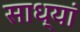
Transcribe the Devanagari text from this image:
साध्यां